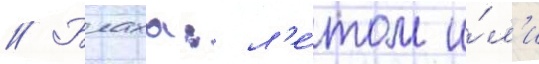
// Блаха: л'е́том и́л'и